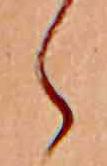
ら